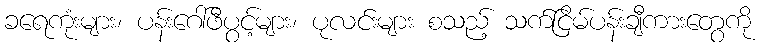
ခရေကုံးများ၊ ပန်းဂေါ်ဖီပွင့်များ၊ ပုလင်းများ စသည့် သက်ငြိမ်ပန်းချီကားတွေကို